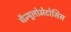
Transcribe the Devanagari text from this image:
ग्रैन्यूलोमेटोसिस